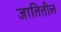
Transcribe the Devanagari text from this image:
जातितील